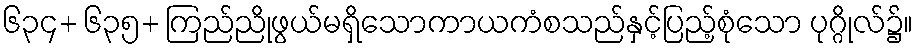
၆၃၄+ ၆၃၅+ ကြည်ညိုဖွယ်မရှိသောကာယကံစသည်နှင့်ပြည့်စုံသော ပုဂ္ဂိုလ်၌။